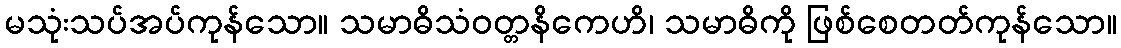
မသုံးသပ်အပ်ကုန်သော။ သမာဓိသံဝတ္တနိကေဟိ၊ သမာဓိကို ဖြစ်စေတတ်ကုန်သော။